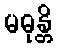
မဓုန္တိ